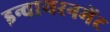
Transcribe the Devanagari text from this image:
इन्वायरनमेंट